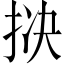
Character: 𪭱